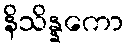
နိသိန္နကော